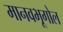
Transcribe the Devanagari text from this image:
मानवभूगोल